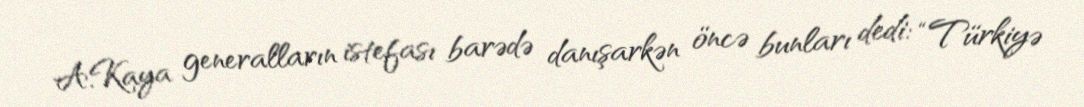
A.Kaya generalların istefası barədə danışarkən öncə bunları dedi: “Türkiyə